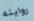
روايته